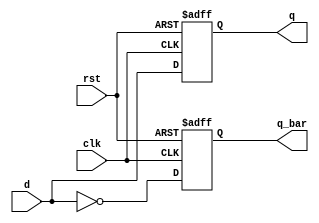
module d_ff (
    input wire clk, // clock input
    input wire rst, // reset input
    input wire d, // data input
    output reg q, // output
    output reg q_bar // inverted output
);

// D flip-flop behavioral implementation
always @(posedge clk, posedge rst) begin
    if (rst) begin
        q <= 1'b0; // initialize output to 0 on reset
        q_bar <= 1'b1; // initialize inverted output to 1 on reset
    end else begin
        q <= d; // store input data on rising edge of clock
        q_bar <= ~d; // inverted output
    end
end

endmodule